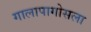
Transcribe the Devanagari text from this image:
गालापागोसला